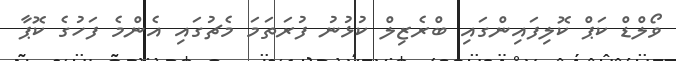
ވޯލްޑް ކަޕް ކޮލިފައިންގައި ބްރެޒިލް ކުޅުނު ފުރަތަމަ މެޗުގައި އެންމެ ފަހުގެ ކޮޕާ